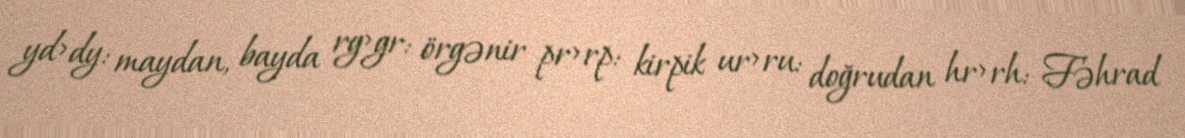
yd>dy: maydan, bayda rg>gr: örgənir pr>rp: kirpik ur>ru: doğrudan hr>rh: Fəhrad